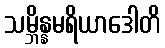
သမ္ဘိန္နမရိယာဒေါတိ